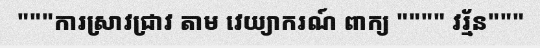
"""ការស្រាវជ្រាវ តាម វេយ្យាករណ៍ ពាក្យ """" វរ្ម័ន"""